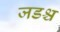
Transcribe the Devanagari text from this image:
जडश्च